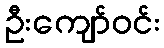
ဦးကျော်ဝင်း